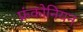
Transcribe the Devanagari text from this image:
फ्रंकोनियन